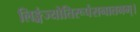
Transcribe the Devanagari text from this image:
लिङ्गंज्योतिरूपंसनातनम्।